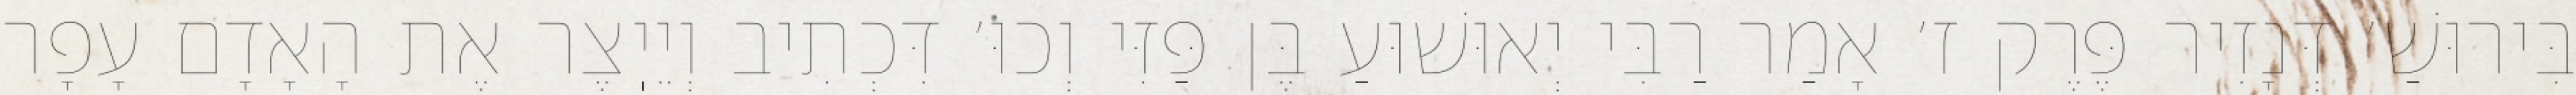
בִּירוּשַׁ׳ דְּנָזִיר פֶּרֶק ז׳ אָמַר רַבִּי יְאוּשׁוּעַ בֶּן פַּזִּי וְכוּ׳ דִּכְתִיב וְיֵיֽצֶר אֶת הָאָדָם עָפָר